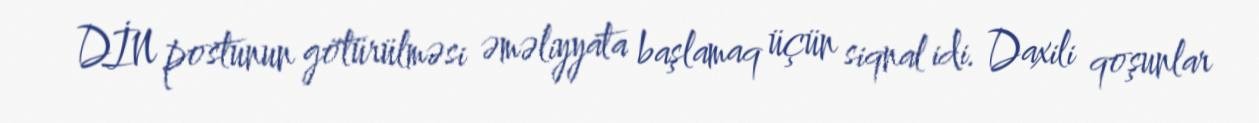
DİN postunun götürülməsi əməliyyata başlamaq üçün siqnal idi. Daxili qoşunlar